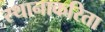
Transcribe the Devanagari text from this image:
स्थानाकरिता